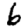
Digit: 6